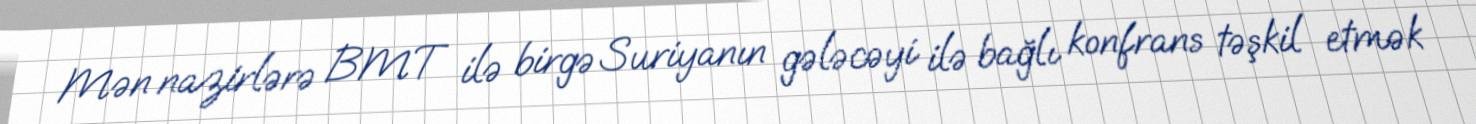
Mən nazirlərə BMT ilə birgə Suriyanın gələcəyi ilə bağlı konfrans təşkil etmək